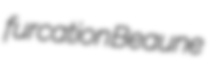
furcation Beaune